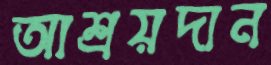
আশ্রয়দান